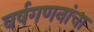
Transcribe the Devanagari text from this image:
वर्षगणनांचा